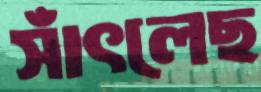
সাঁৎলেছ